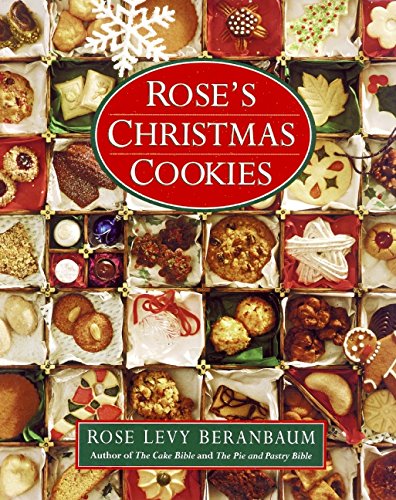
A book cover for Rose's Christmas Cookies; Rose Levy Beranbaum; Cookbooks, Food & Wine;